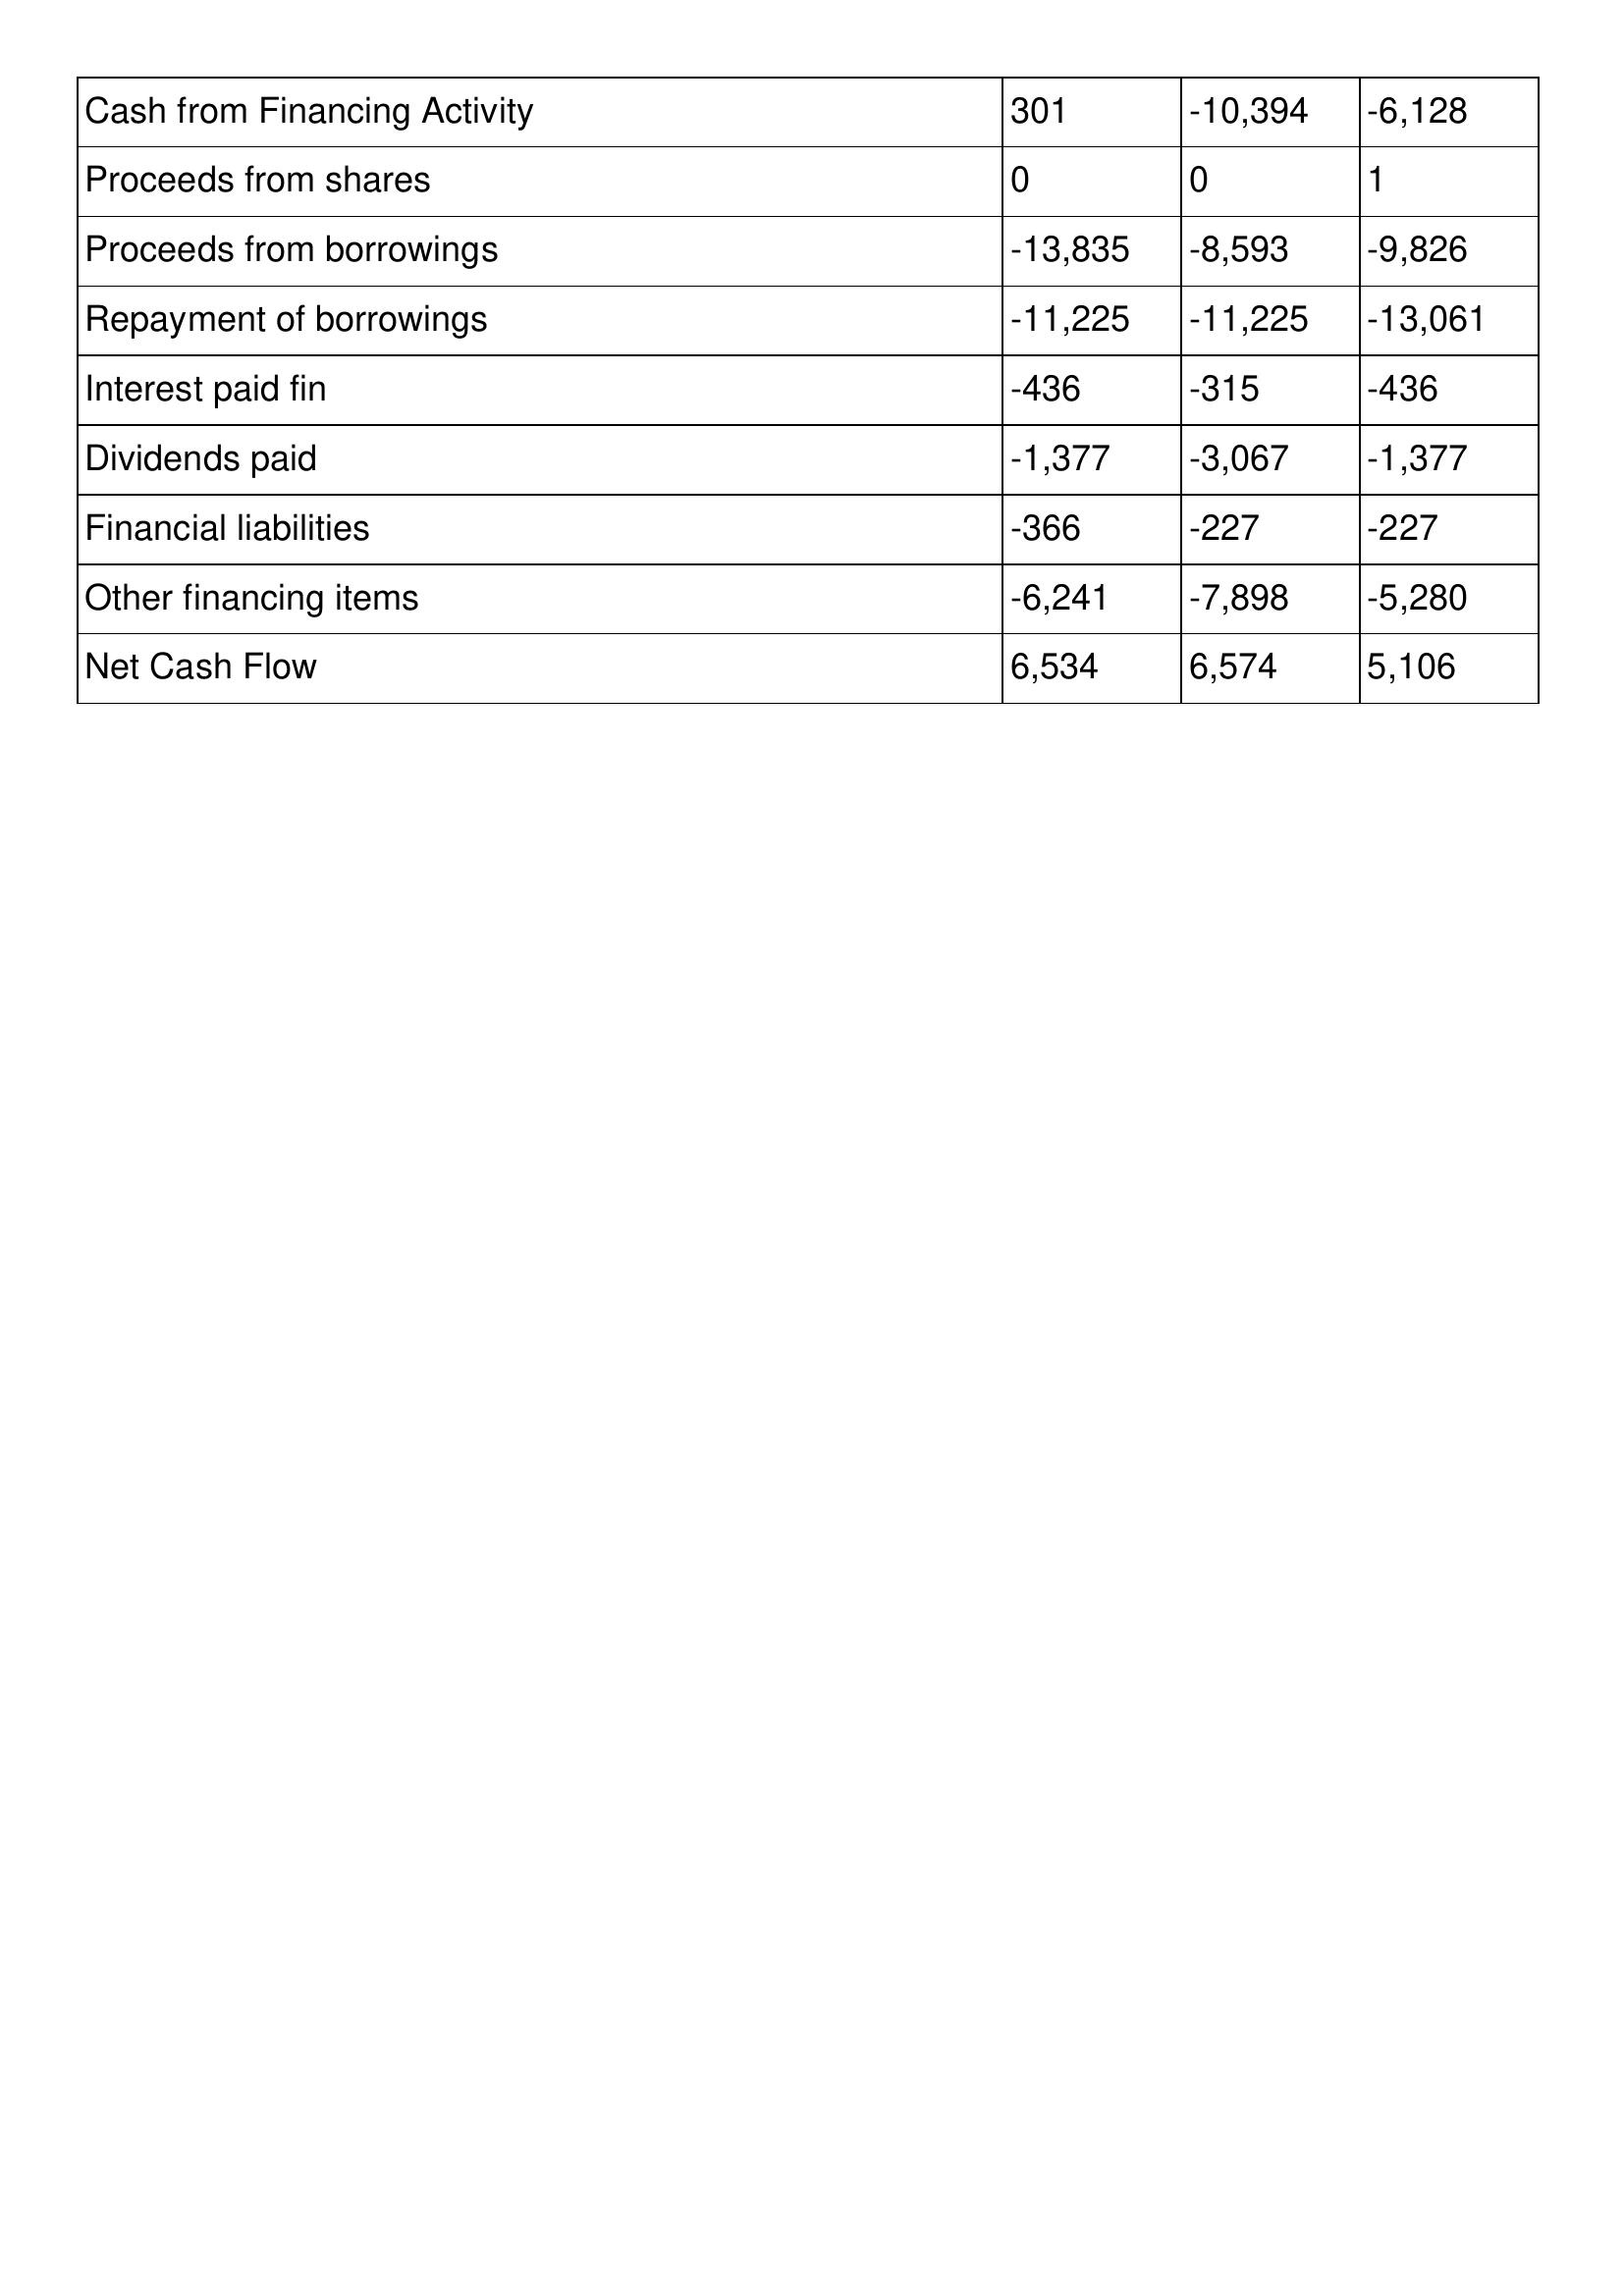
gt_parse: 2018: Cash Flows: Cash from Financing Activity: 301
Proceeds from shares: 0
Proceeds from borrowings: -13,835
Repayment of borrowings: -11,225
Interest paid fin: -436
Dividends paid: -1,377
Financial liabilities: -366
Other financing items: -6,241
Net Cash Flow: 6,534
2017: Cash Flows: Cash from Financing Activity: -10,394
Proceeds from shares: 0
Proceeds from borrowings: -8,593
Repayment of borrowings: -11,225
Interest paid fin: -315
Dividends paid: -3,067
Financial liabilities: -227
Other financing items: -7,898
Net Cash Flow: 6,574
2016: Cash Flows: Cash from Financing Activity: -6,128
Proceeds from shares: 1
Proceeds from borrowings: -9,826
Repayment of borrowings: -13,061
Interest paid fin: -436
Dividends paid: -1,377
Financial liabilities: -227
Other financing items: -5,280
Net Cash Flow: 5,106